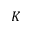
K